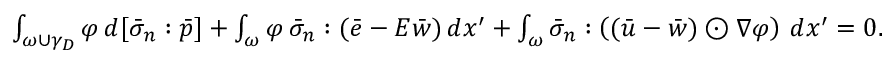
\begin{array} { r } { \int _ { \omega \cup \gamma _ { D } } \varphi \, d [ \bar { \sigma } _ { n } : \bar { p } ] + \int _ { \omega } \varphi \, \bar { \sigma } _ { n } : ( \bar { e } - E \bar { w } ) \, d x ^ { \prime } + \int _ { \omega } \bar { \sigma } _ { n } : \left( ( \bar { u } - \bar { w } ) \odot \nabla \varphi \right) \, d x ^ { \prime } = 0 . } \end{array}